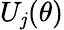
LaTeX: U_{\mathit{j}}(\theta)